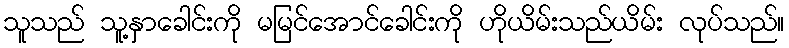
သူသည် သူ့နှာခေါင်းကို မမြင်အောင်ခေါင်းကို ဟိုယိမ်းသည်ယိမ်း လုပ်သည်။